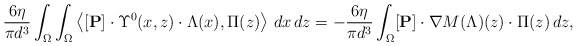
\begin{align*}\frac{6\eta }{\pi d^3}\int_{\Omega}\int_{\Omega}\left\langle [\mathbf{P}]\cdot\Upsilon^0(x, z)\cdot \Lambda(x), \Pi(z)\right\rangle\,dx\,dz=-\frac{6\eta}{\pi d^3} \int_{\Omega}[\mathbf{P}]\cdot\nabla M(\Lambda)(z)\cdot\Pi(z)\,dz,\end{align*}